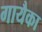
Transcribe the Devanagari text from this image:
गायैका